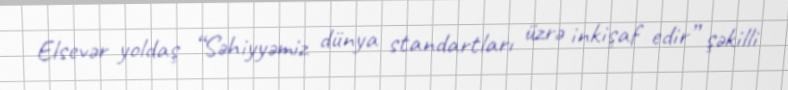
Elsevər yoldaş “Səhiyyəmiz dünya standartları üzrə inkişaf edir” şəkilli